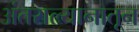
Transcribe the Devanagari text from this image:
अंतराल्यानातून